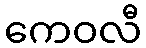
ကေဝလီ